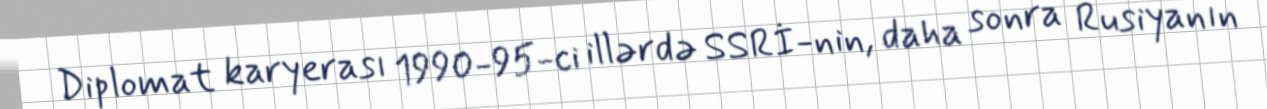
Diplomat karyerası 1990-95-ci illərdə SSRİ-nin, daha sonra Rusiyanın